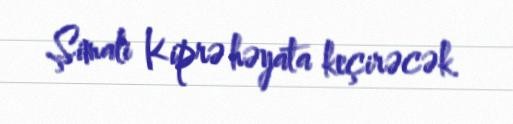
Şimali Kiprə həyata keçirəcək.